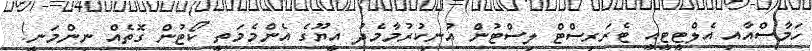
ހަމާސްއާއި އެލްޓީޓީއީ ޓެރަރިސްޓް ލިސްޓުން އުނިކުރުމާމެދު އީޔޫގެ އެންމެމަތީ ކޯޓުން ގޮތެއް ނިންމަނީ!